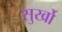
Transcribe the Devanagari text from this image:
सुर्खो